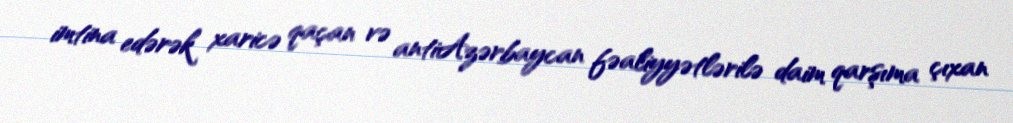
imtina edərək xaricə qaçan və antiAzərbaycan fəaliyyətlərilə daim qarşıma çıxan